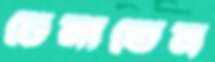
চেনাতেন